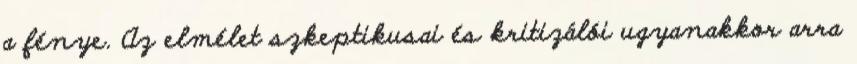
a fénye. Az elmélet szkeptikusai és kritizálói ugyanakkor arra